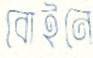
বোইনে